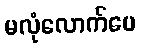
မလုံလောက်ပေ